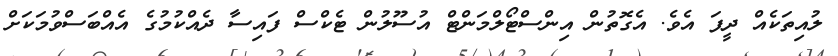
ލުއިތަކެއް ދީފަ އެވެ. އެގޮތުން އިންސްޓޯލްމަންޓް އުސޫލުން ޓެކްސް ފައިސާ ދެއްކުމުގެ އެއްބަސްވުމަކަށް